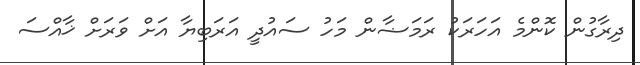
ދިރާގުން ކޮންމެ އަހަރަކު ރަމަޟާން މަހު ސައުދީ އަރަބިޔާ އަށް ވަރަށް ޚާއްސަ